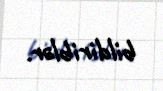
bildiriblər.